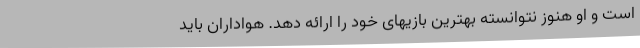
است و او هنوز نتوانسته بهترین بازیهای خود را ارائه دهد. هواداران باید